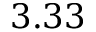
3 . 3 3